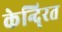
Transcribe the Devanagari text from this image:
केन्दि्रत